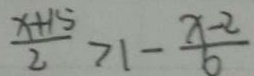
\frac { x + 1 5 } { 2 } > 1 - \frac { x - 2 } { 6 }